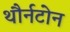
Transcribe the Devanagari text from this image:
थौर्नटोन